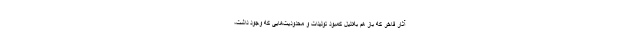
آثار فاخر که باز هم به‌دلیل کمبود تولیدات و محدودیت‌هایی که وجود داشت،